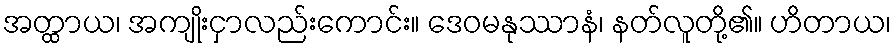
အတ္ထာယ၊ အကျိုးငှာလည်းကောင်း။ ဒေဝမနုဿာနံ၊ နတ်လူတို့၏။ ဟိတာယ၊